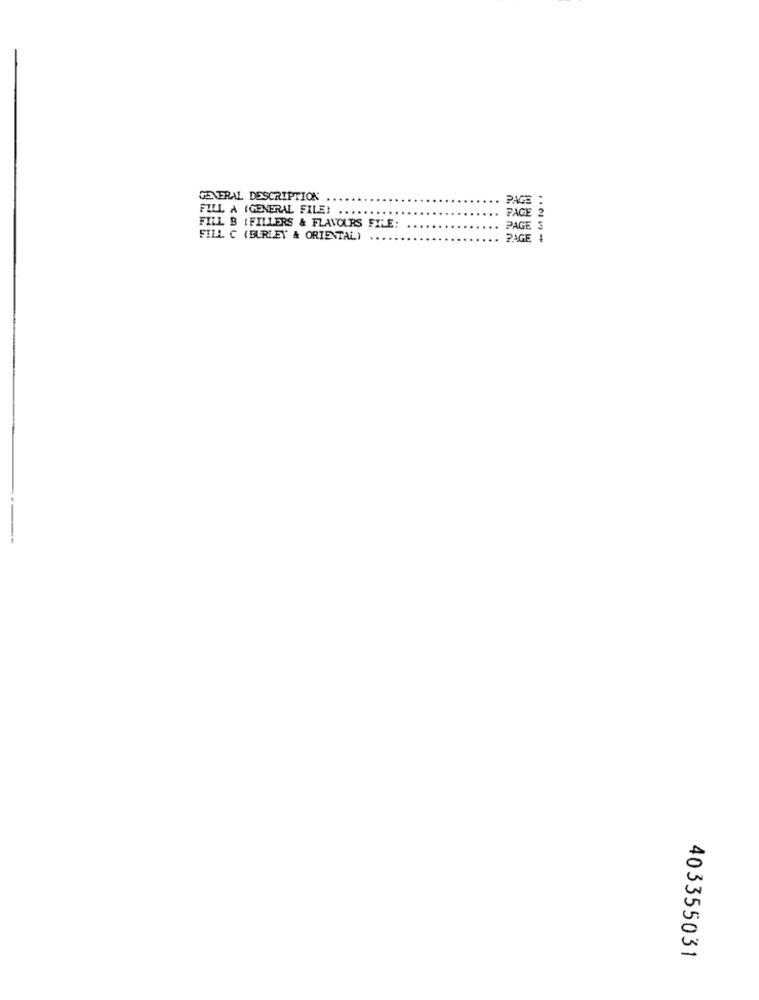
GENERAL DESCRIPTION
PAGE :
FILL A (GENERAL FILE!
PAGE 2
FILL B (FILLERS & FLAVOURS FILE:
PAGE
FILL C (BURLEY & ORIENTAL)
PAGE
403355031